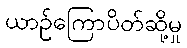
ယာဉ်ကြောပိတ်ဆို့မှု